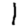
Digit: 1